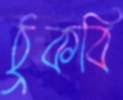
ঠুকবি